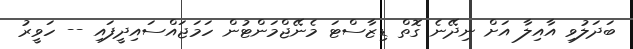
ބަދަލުވި އާއިލާ އަށް ނިދޭނެ ގޮތް ޑިޒާސްޓަ މެނޭޖްމަންޓުން ހަމަޖައްސައިދީފައި -- ހަވީރު